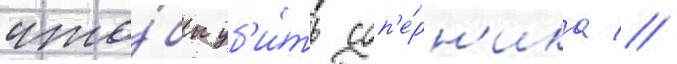
что́бы уб'и́ть соп'е́рн'ика //